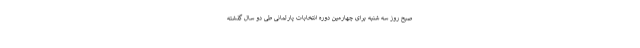
صبح روز سه شنبه برای چهارمین دوره انتخابات پارلمانی طی دو سال گذشته